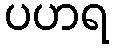
ပဟရ